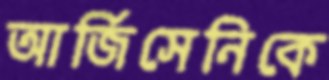
আর্জিসেনিকে